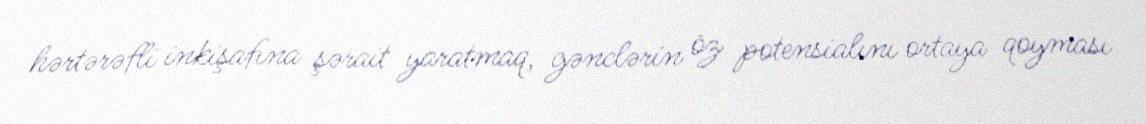
hərtərəfli inkişafına şərait yaratmaq, gənclərin öz potensialını ortaya qoyması